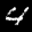
Label: 4